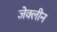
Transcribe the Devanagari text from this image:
जेक्लीन